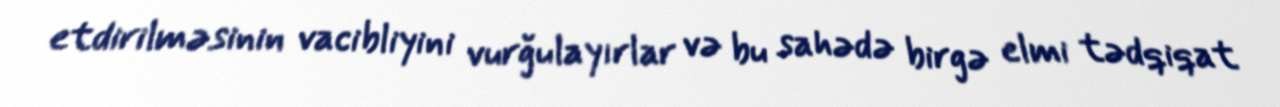
etdirilməsinin vacibliyini vurğulayırlar və bu sahədə birgə elmi tədqiqat